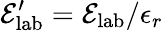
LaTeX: \mathcal{E}_{\mathrm{lab}}^{\prime}=\mathcal{E}_{\mathrm{lab}}/\epsilon_{r}